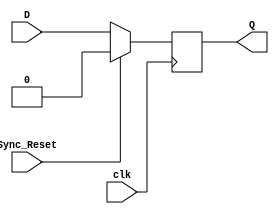
module Falling_Edge_DFF_with_Sync_Reset(
	input D,
	input clk,
	input Sync_Reset,
	output reg Q
);

always @(negedge clk)
begin

	if(Sync_Reset == 1'b1)
		
		Q <= 1'b0;
	
	else
	
		Q <= D;
	
end

endmodule